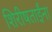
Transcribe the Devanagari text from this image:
शिरीषताईंना